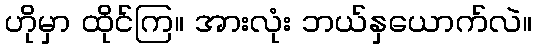
ဟိုမှာ ထိုင်ကြ။ အားလုံး ဘယ်နှယောက်လဲ။